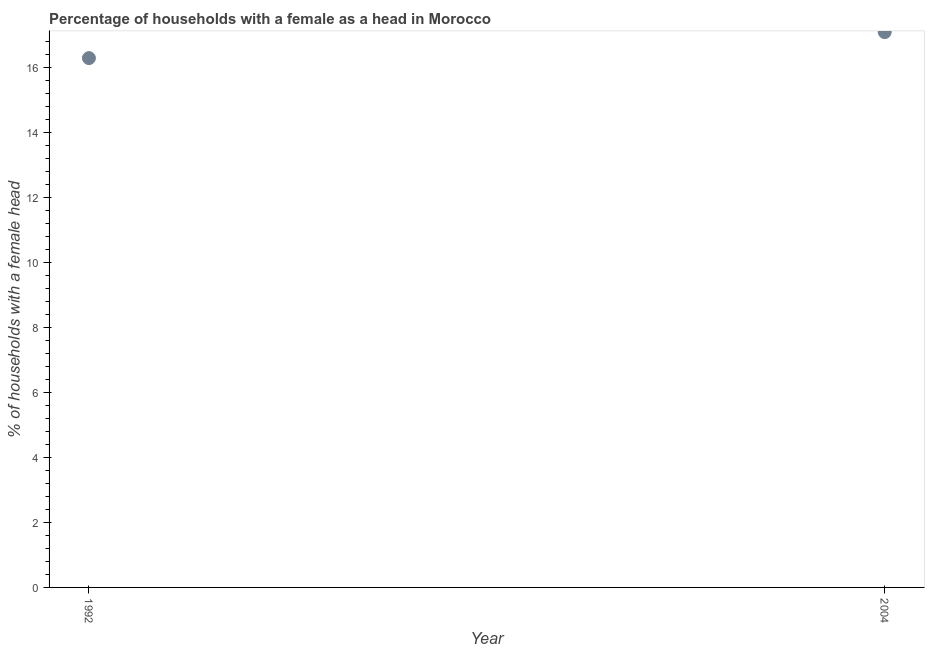
| Year | Female headed households |
 | --- | --- |
 | 1992 | 16.3 |
 | 2004 | 17.1 |